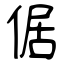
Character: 倨